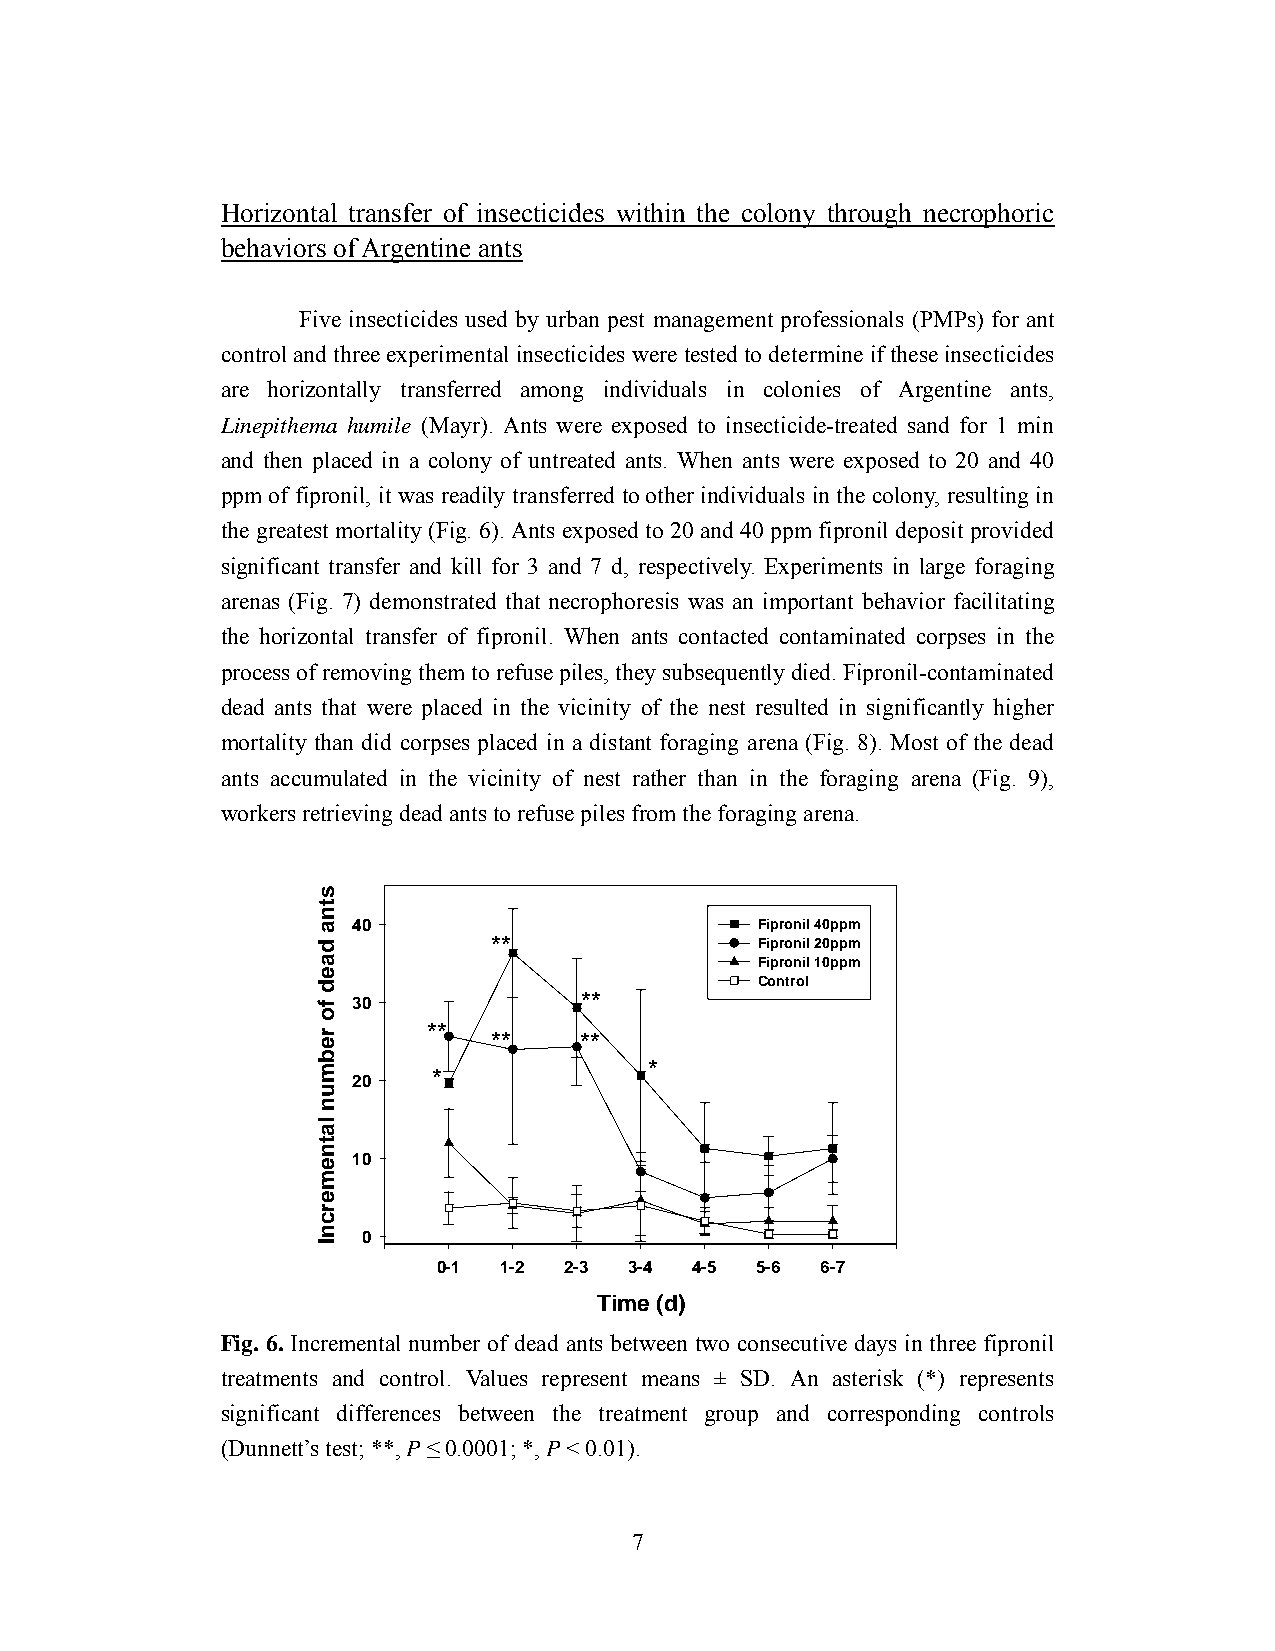
Horizontal transfer of insecticides within the colony through necrophoric
 behaviors of Argentine ants
 Five insecticides used by urban pest management professionals (PMPs) for ant
 control and three experimental insecticides were tested to determine if these insecticides
 are horizontally transferred among individuals in colonies of Argentine ants,
 Linepithema humile (Mayr). Ants were exposed to insecticide-treated sand for 1 min
 and then placed in a colony of untreated ants. When ants were exposed to 20 and 40
 ppm of fipronil, it was readily transferred to other individuals in the colony, resulting in
 the greatest mortality (Fig. 6). Ants exposed to 20 and 40 ppm fipronil deposit provided
 significant transfer and kill for 3 and 7 d, respectively. Experiments in large foraging
 arenas (Fig. 7) demonstrated that necrophoresis was an important behavior facilitating
 the horizontal transfer of fipronil. When ants contacted contaminated corpses in the
 process of removing them to refuse piles, they subsequently died. Fipronil-contaminated
 dead ants that were placed in the vicinity of the nest resulted in significantly higher
 mortality than did corpses placed in a distant foraging arena (Fig. 8). Most of the dead
 ants accumulated in the vicinity of nest rather than in the foraging arena (Fig. 9),
 workers retrieving dead ants to refuse piles from the foraging arena.
 40                         Fipronil 40ppm
 **               Fipronil 20ppm
 Fipronil 10ppm
 Control
 30             **
 **   **   **
 *
 *
 20
 10
 0
 0-1 1-2 2-3  3-4 4-5 5-6 6-7
 Time (d)
 Fig. 6. Incremental number of dead ants between two consecutive days in three fipronil
 treatments and control. Values represent means ± SD. An asterisk (*) represents
 significant differences between the treatment group and corresponding controls
 (Dunnett’s test; **, P ≤ 0.0001; *, P < 0.01).
 7
 stna
 daed
 fo
 rebmun
 latnemercnI